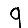
Digit: 9